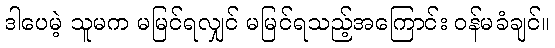
ဒါပေမဲ့ သူမက မမြင်ရလျှင် မမြင်ရသည့်အကြောင်း ဝန်မခံချင်။